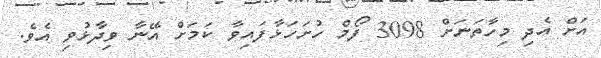
އަށް އެދި މިހާތަނަށް 3098 ފޯމް ހުށަހަޅާފައިވާ ކަމަށް އޭނާ ވިދާޅުވި އެވެ.